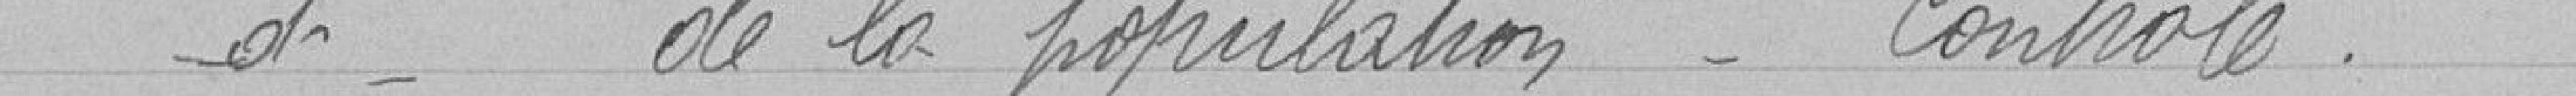
d - de la population - contrôle.